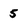
Character: 5